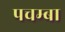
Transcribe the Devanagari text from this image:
पचम्बा